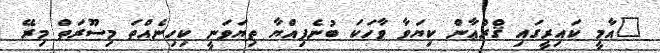
"އާމީ ކައިރީގައި ޤްރްޢާން ކިޔަވާ ވާހަކަ ބުނެފިއްޔާ ތިޔަވަނީ ކިހިނެއްތަ މިސޫރަތް މިރޭ